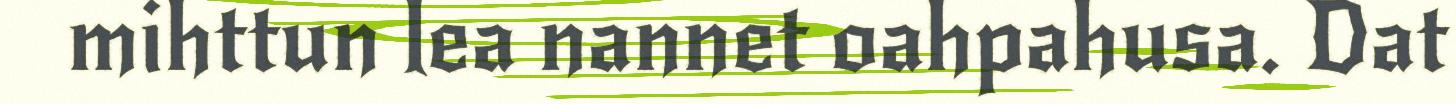
mihttun lea nannet oahpahusa. Dat